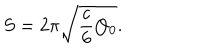
S = 2 \pi \sqrt { \frac { c } { 6 } Q _ { 0 } } .